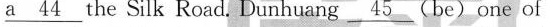
\underline{a 44} the Silk Road. Dunhuang \underline{45}(be)one of